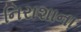
નિરાશાના